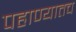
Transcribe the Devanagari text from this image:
पहाण्यातच